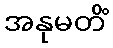
အနုမတိံ